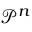
{ \mathcal P ^ { n } }